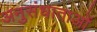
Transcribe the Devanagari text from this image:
अनुसंधाताओं